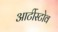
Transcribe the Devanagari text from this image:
आर्टीस्टोव